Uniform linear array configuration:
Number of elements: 16
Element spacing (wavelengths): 0.75
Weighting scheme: cosine
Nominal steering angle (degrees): -60
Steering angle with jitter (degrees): -58.578
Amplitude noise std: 0.05
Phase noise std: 0.05

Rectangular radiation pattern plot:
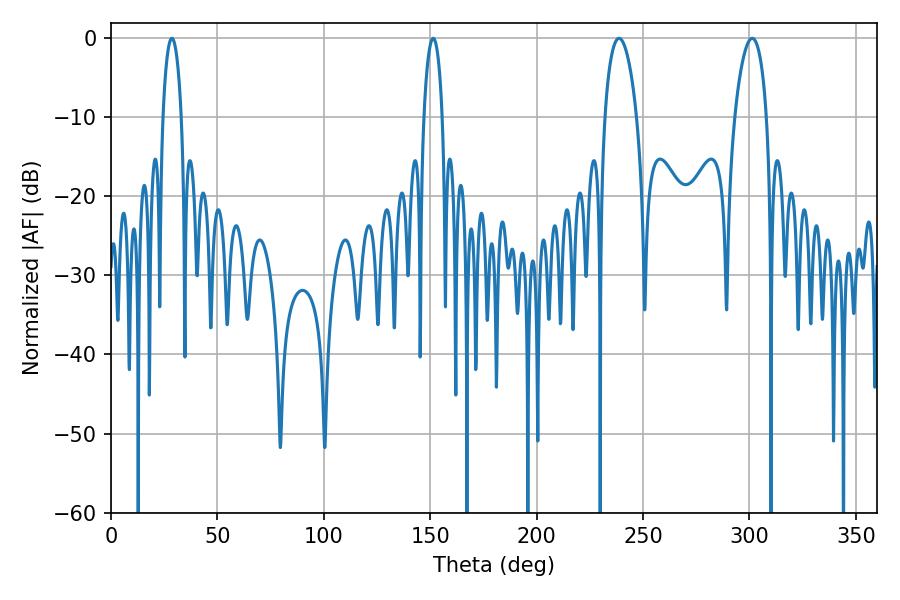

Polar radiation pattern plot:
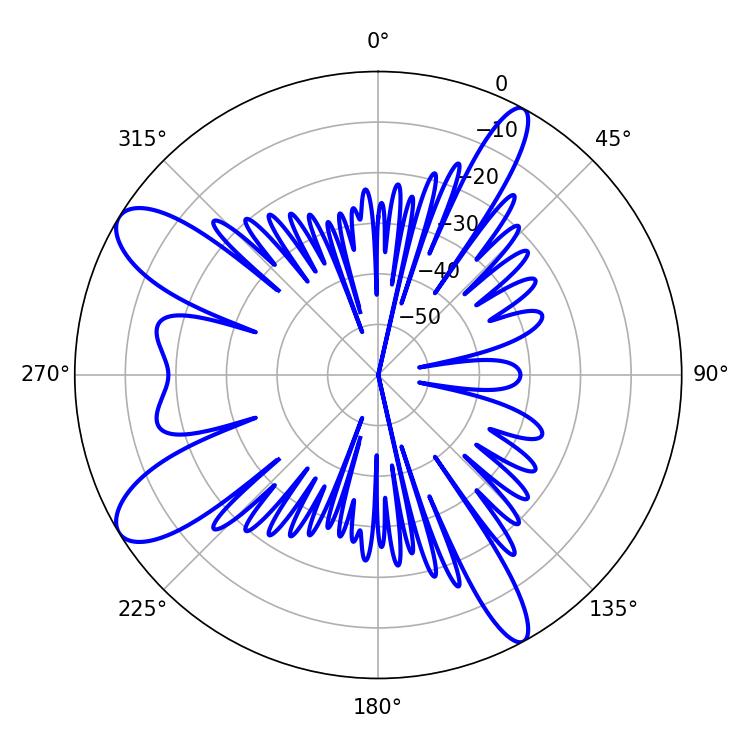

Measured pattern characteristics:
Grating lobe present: TRUE
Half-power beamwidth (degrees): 5.04
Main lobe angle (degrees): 151.38